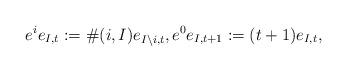
LaTeX: \begin{gather*} e^i e_{I,t} := \#(i,I) e_{I\backslash i,t}, e^0 e_{I,t+1} := (t+1) e_{I,t} ,\end{gather*}